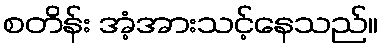
စတိန်း အံ့အားသင့်နေသည်။